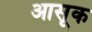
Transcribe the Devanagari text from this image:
आसूक